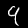
Label: 9